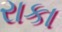
રાકા